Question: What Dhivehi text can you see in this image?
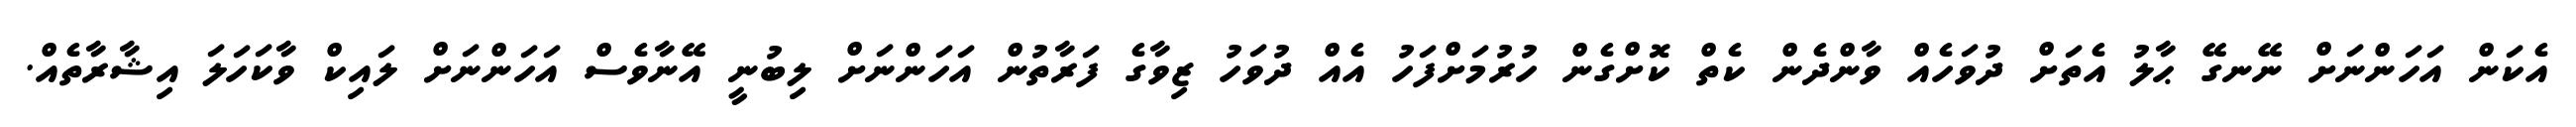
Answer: އެކަން އަހަންނަށް ނޭނގޭ ޙާލު އެތަށް ދުވަހެއް ވާންދެން ކެތް ކޮށްގެން ހުރުމަށްފަހު އެއް ދުވަހު ޒިވާގެ ފަރާތުން އަހަންނަށް ލިބުނީ އޭނާވެސް އަހަންނަށް ލައިކް ވާކަހަލަ އިޝާރާތެއް.